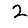
Digit: 2